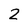
Character: 2